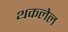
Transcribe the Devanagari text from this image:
थकलेल